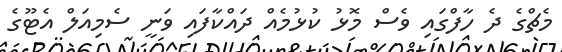
މެޗްގެ ދެ ހާފްގައި ވެސް މޮޅު ކުޅުމެއް ދައްކާފައި ވަނީ ސެމިއަލް އެޓޫގެ